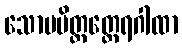
သောမမိတ္တတ္ထေရဂါထာ